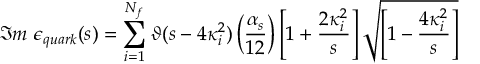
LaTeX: \Im m \ \epsilon _ { q u a r k } ( s ) = \sum _ { i = 1 } ^ { N _ { f } } \vartheta ( s - 4 \kappa _ { i } ^ { 2 } ) \left( \frac { \alpha _ { s } } { 1 2 } \right) \left[ 1 + \frac { 2 \kappa _ { i } ^ { 2 } } { s } \right] \sqrt { \left[ 1 - \frac { 4 \kappa _ { i } ^ { 2 } } { s } \right] }